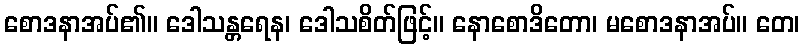
စောဒနာအပ်၏။ ဒေါသန္တရေန၊ ဒေါသစိတ်ဖြင့်။ နောစောဒိတော၊ မစောဒနာအပ်။ တေ၊